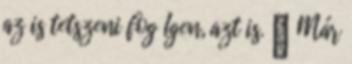
az is tetszeni fog Igen, azt is. 🙂 Már